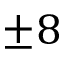
\pm 8